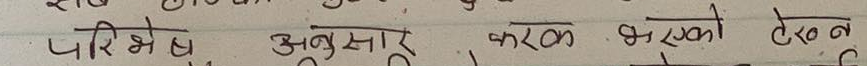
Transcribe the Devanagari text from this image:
परिशिष्ट अनुसार कारक भएको टेवल